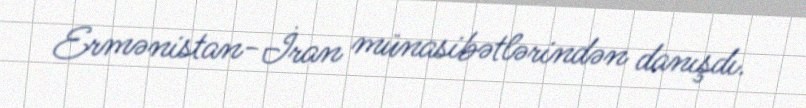
Ermənistan-İran münasibətlərindən danışdı.